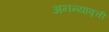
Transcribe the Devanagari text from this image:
अनन्यावृत्ती